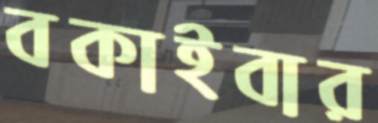
বকাইবার